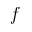
\it { \Delta } f